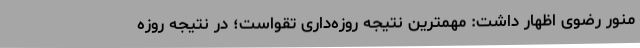
منور رضوی اظهار داشت: مهمترین نتیجه روزه‌داری تقواست؛ در نتیجه روزه